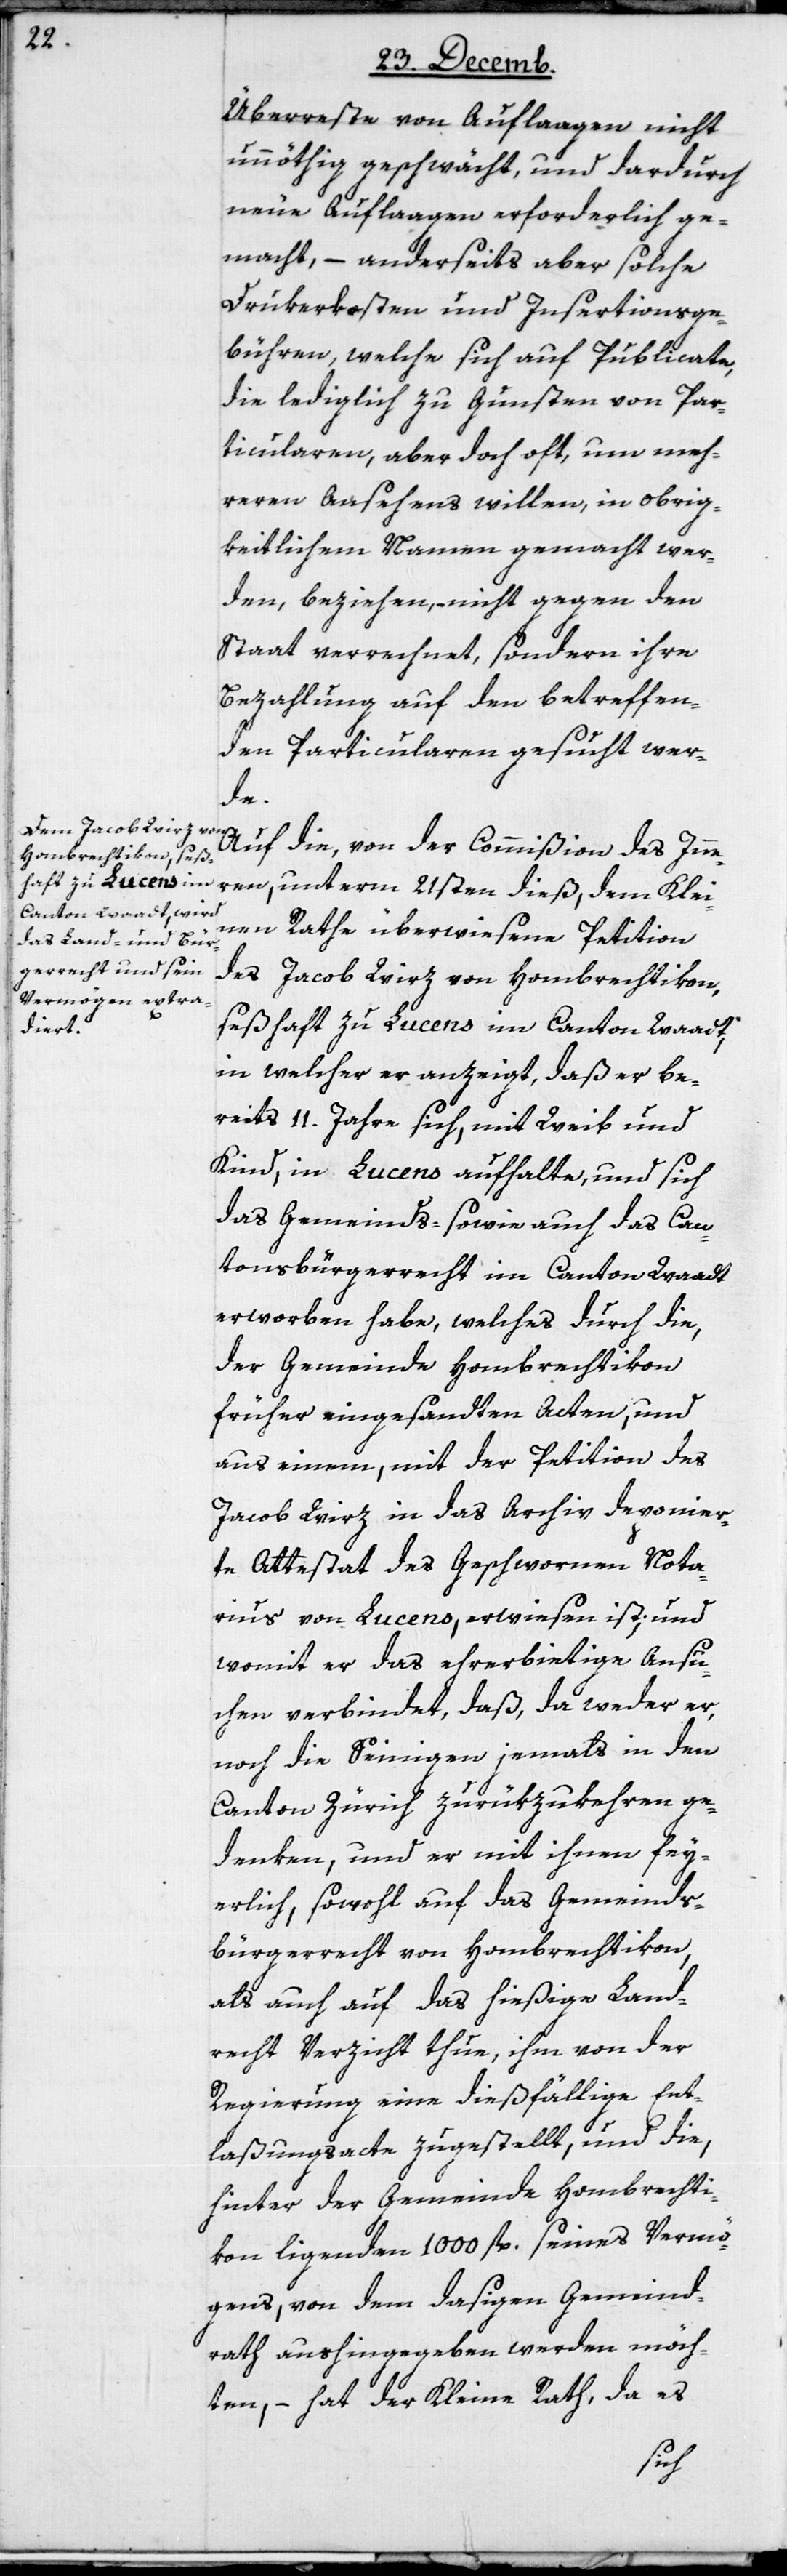
Überreste von Auflaagen nicht
unnöthig geschwächt, und dardurch
neue Auflaagen erforderlich ge¬
macht, – anderseits aber solche
Drukerkosten und Insertionsge¬
bühren, welche sich auf Publicate,
die lediglich zu Gunsten von Par¬
ticularen, aber doch oft, um meh¬
reren Ansehens willen, in obrig¬
keitlichem Namen gemacht wer¬
den, beziehen, nicht gegen den
Staat verrechnet, sondern ihre
Bezahlung auf den betreffen¬
den Particularen gesucht wer¬
de.
Auf die, von der Commißion des Inne¬
ren, unterm 21sten dieß, dem Klei¬
nen Rathe überwiesene Petition
des Jacob Wirz von Hombrechtikon,
seßhaft zu Lucens im Canton Waadt,
in welcher er anzeigt, daß er be¬
reits 11. Jahre sich, mit Weib und
Kind, in Lucens aufhalte, und sich
das Gemeinds- sowie auch das Can¬
tonsbürgerrecht im Canton Waadt
erworben habe, welches durch die,
der Gemeinde Hombrechtikon
früher eingesandten Acten, und
aus einem, mit der Petition des
Jacob Wirz in das Archiv deponier¬
te Attestat des Geschwornen Nota¬
rius von Lucens, erwiesen ist, und
womit er das ehrerbietige Ansu¬
chen verbindet, daß, da weder er,
noch die Seinigen jemals in den
Canton Zürich zurückzukehren ge¬
denken, und er mit ihnen fey¬
erlich, sowohl auf das Gemeinds¬
bürgerrecht von Hombrechtikon,
als auch auf das hießige Land¬
recht Verzicht thue, ihm von der
Regierung eine dießfällige Ent¬
laßungsacte zugestellt, und die,
hinter der Gemeinde Hombrechti¬
kon ligenden 1000 fl. seines Vermö¬
gens, von dem dasigen Gemeind¬
rath aushingegeben werden möch¬
ten, – hat der Kleine Rath, da es